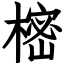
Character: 樒